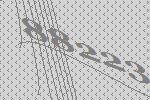
88223